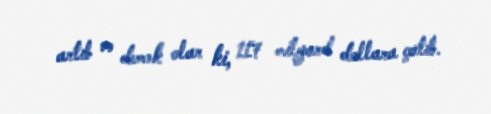
artıb və demək olar ki, 117 milyard dollara çatıb.